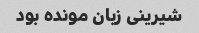
شیرینی زبان مونده بود